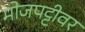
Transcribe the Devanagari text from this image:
मोजपट्टीवर